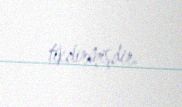
tikdirmişdir.